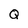
Character: Q